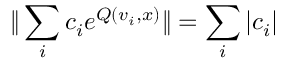
\| \sum _ { i } c _ { i } e ^ { Q ( v _ { i } , x ) } \| = \sum _ { i } | c _ { i } |